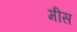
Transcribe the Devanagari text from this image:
मीस